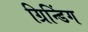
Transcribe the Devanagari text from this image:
ग्रिन्डिंग